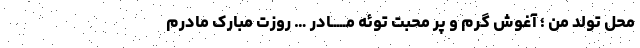
محلِ تولد من ؛ آغوش گرم و پر محبت توئه مـــــادر … روزت مبارک مادرم